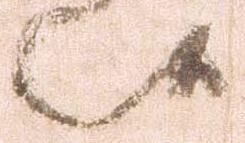
候